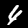
Digit: 4